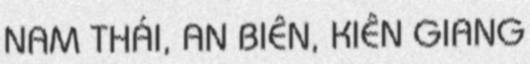
NAM THÁI, AN BIÊN, KIÊN GIANG